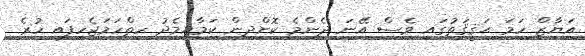
އަޔާޒް ހަމަ ޙަޤީޤަތުގައި ވެސް އޭނަ ދެންމެ ކޮށްދިން ކަމާއިމެދު ހިތްހަމަޖެހިފައި ހުރެ